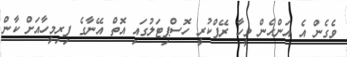
ވެގެން އެ އަންހެން މީހާ ރޭޕްކުރީ ހޮސްޕިޓަލުގައި އޮތް އޭނާގެ ފިރިމީހާއަށް ކާން